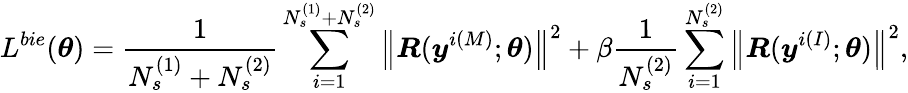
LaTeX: L^{bie}(\boldsymbol{\theta})=\frac{1}{N_{s}^{\left(1\right)}+N_{s}^{\left(2\right)}}\sum_{i=1}^{N_{s}^{\left(1\right)}+N_{s}^{\left(2\right)}}\left\| \boldsymbol{R}(\boldsymbol{y}^{i\left(M\right)};\boldsymbol{\theta})\right\| ^{2}+\beta\frac{1}{N_{s}^{\left(2\right)}}\sum_{i=1}^{N_{s}^{\left(2\right)}}\left\| \boldsymbol{R}(\boldsymbol{y}^{i\left(I\right)};\boldsymbol{\theta})\right\| ^{2},